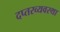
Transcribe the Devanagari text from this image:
दप्तरव्यवस्था